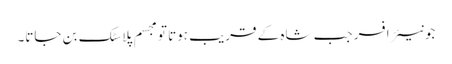
جونیئر افسر جب شاہ کے قریب ہوتا تو مجسم پلاسٹک بن جاتا۔